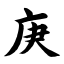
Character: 庚